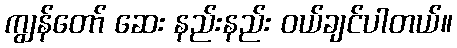
ကျွန်တော် ဆေး နည်းနည်း ဝယ်ချင်ပါတယ်။